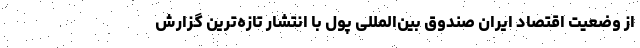
از وضعیت اقتصاد ایران صندوق بین‌المللی پول با انتشار تازه‌ترین گزارش